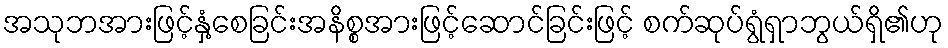
အသုဘအားဖြင့်နှံ့စေခြင်းအနိစ္စအားဖြင့်ဆောင်ခြင်းဖြင့် စက်ဆုပ်ရွံရှာဘွယ်ရှိ၏ဟု